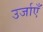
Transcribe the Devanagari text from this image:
उर्जाएँ